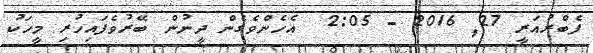
ފެބްރުއަރީ 27